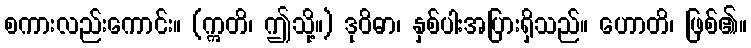
စကားလည်းကောင်း။ (ဣတိ၊ ဤသို့။) ဒုဝိဓာ၊ နှစ်ပါးအပြားရှိသည်။ ဟောတိ၊ ဖြစ်၏။